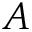
A